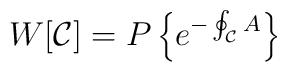
W[{\cal C}]= P\left\{e^{-\oint_{\cal C} A}\right\}